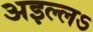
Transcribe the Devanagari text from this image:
अइल्लऽ